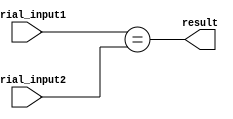
module serial_comparator (
    input wire serial_input1,
    input wire serial_input2,
    output wire result
);

assign result = (serial_input1 == serial_input2);

endmodule